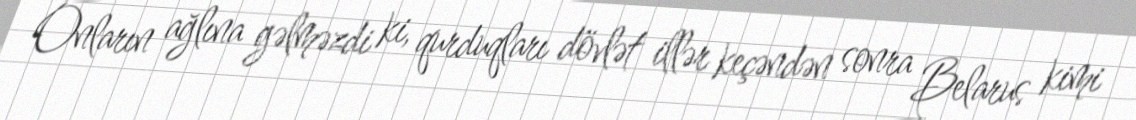
Onların ağlına gəlməzdi ki, qurduqları dövlət illər keçəndən sonra Belarus kimi